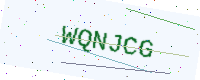
Text: WQNJCG